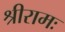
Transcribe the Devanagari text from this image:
श्रीरामः